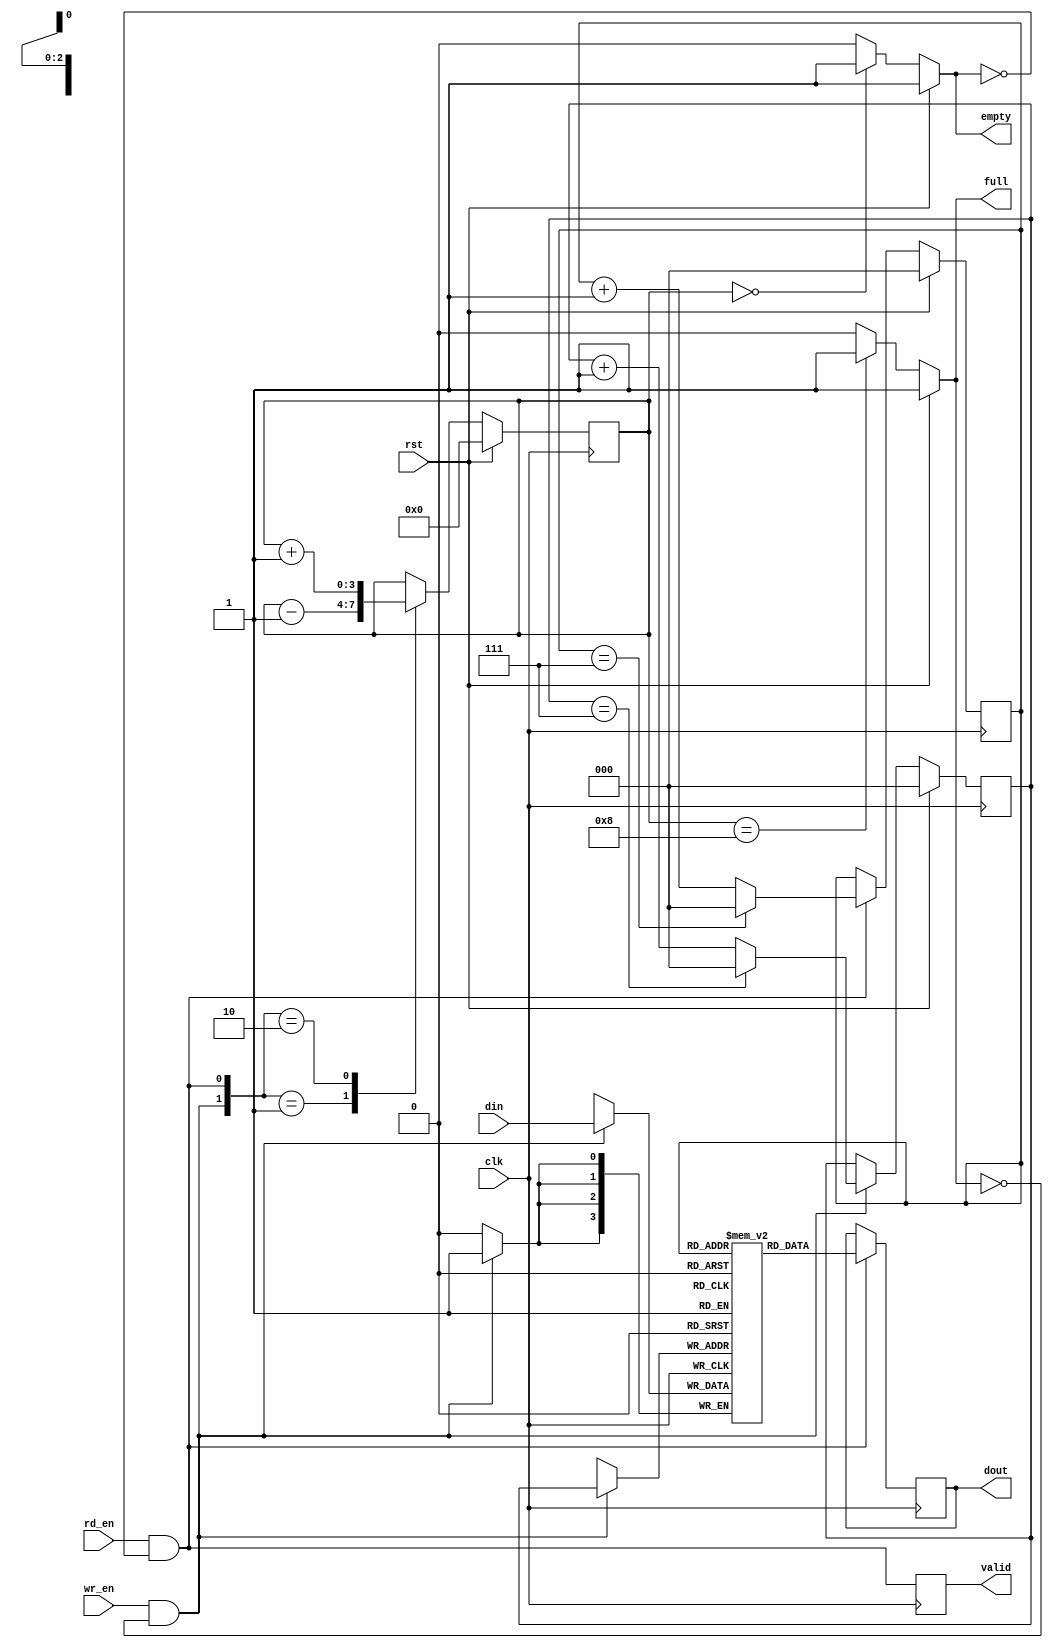
`timescale 1ns / 1ps
//////////////////////////////////////////////////////////////////////////////////
// Company: 
// 
// Design Name: 
// Module Name: sync_fifo
// Project Name: sync_fifo
// Target Devices:
// Tool Versions:
// Description: Synchronous FIFO
// Dependencies: 
// Revision:
// Revision 0.01 - File Created
// Additional Comments:
// License: MIT
//  Copyright (c) 2020 Dmitry Matyunin
//  Permission is hereby granted, free of charge, to any person obtaining a copy
//  of this software and associated documentation files (the "Software"), to deal
//  in the Software without restriction, including without limitation the rights
//  to use, copy, modify, merge, publish, distribute, sublicense, and/or sell
//  copies of the Software, and to permit persons to whom the Software is
//  furnished to do so, subject to the following conditions:
//
//  The above copyright notice and this permission notice shall be included in
//  all copies or substantial portions of the Software.
//
//  THE SOFTWARE IS PROVIDED "AS IS", WITHOUT WARRANTY OF ANY KIND, EXPRESS OR
//  IMPLIED, INCLUDING BUT NOT LIMITED TO THE WARRANTIES OF MERCHANTABILITY
//  FITNESS FOR A PARTICULAR PURPOSE AND NONINFRINGEMENT. IN NO EVENT SHALL THE
//  AUTHORS OR COPYRIGHT HOLDERS BE LIABLE FOR ANY CLAIM, DAMAGES OR OTHER
//  LIABILITY, WHETHER IN AN ACTION OF CONTRACT, TORT OR OTHERWISE, ARISING FROM,
//  OUT OF OR IN CONNECTION WITH THE SOFTWARE OR THE USE OR OTHER DEALINGS IN
//  THE SOFTWARE.
// 
//////////////////////////////////////////////////////////////////////////////////

module sync_fifo #(
	parameter DATA_WIDTH = 4,
	parameter DATA_DEPTH = 8,
	parameter MODE = "std"				/* "std", "fwft" */
)
(
	input wire clk,
	input wire rst,
	input wire [DATA_WIDTH-1:0]din,
	input wire wr_en,
	output wire full,
	output wire [DATA_WIDTH-1:0]dout,
	input wire rd_en,
	output wire empty,
	output wire valid
);

localparam ADDR_WIDTH = $clog2(DATA_DEPTH);

/* RAM */
reg [DATA_WIDTH-1:0]ram[2**ADDR_WIDTH-1:0];
wire [DATA_WIDTH-1:0]ram_dina;
wire [ADDR_WIDTH-1:0]ram_addra;
wire [ADDR_WIDTH-1:0]ram_addrb;
wire ram_wea;
wire ram_reb;
reg [DATA_WIDTH-1:0]ram_doutb;
integer i;

/* FIFO */
reg [ADDR_WIDTH-1:0]wr_ptr;
reg [ADDR_WIDTH-1:0]rd_ptr;
reg [ADDR_WIDTH:0]count;
reg flag_full;
reg flag_empty;
reg dout_valid;
wire wr_valid;
wire rd_valid;
wire tmp_rd_en;

/* RAM */
assign ram_dina = din;
assign ram_addra = wr_ptr;
assign ram_addrb = rd_ptr;
assign ram_wea = wr_valid;
assign ram_reb = rd_valid;
assign dout = ram_doutb;

/* FIFO */
assign wr_valid = wr_en & ~flag_full;
assign rd_valid = tmp_rd_en & ~flag_empty;
assign full = flag_full;
assign valid = dout_valid;

/* SDPRAM */
initial begin
	for (i = 0; i < 2**ADDR_WIDTH; i = i + 1) begin
		ram[i] = 0;
	end
end

always @(posedge clk) begin
	if (ram_wea) begin
		ram[ram_addra] <= ram_dina;
	end
	if (ram_reb) begin
		ram_doutb <= ram[ram_addrb];
	end
end

/* FIFO */
always @(posedge clk) begin
	if (rst == 1'b1) begin
		wr_ptr <= 0;
		rd_ptr <= 0;
		count <= 0;
	end else begin
		if (wr_valid == 1'b1) begin
			if (wr_ptr == (DATA_DEPTH - 1)) begin
				wr_ptr <= 0;
			end else begin
				wr_ptr <= wr_ptr + 1;
			end
		end
		if (rd_valid == 1'b1) begin
			if (rd_ptr == (DATA_DEPTH - 1)) begin
				rd_ptr <= 0;
			end else begin
				rd_ptr <= rd_ptr + 1;
			end
		end
		case ({wr_valid,rd_valid})
		2'b01: count <= count - 1;
		2'b10: count <= count + 1;
		endcase
	end
end

always @(*) begin
	if (rst == 1'b1) begin
		flag_full = 1'b1;
		flag_empty = 1'b1;
	end else begin
		flag_full = (count == DATA_DEPTH) ? 1'b1 : 1'b0;
		flag_empty = (count == 0) ? 1'b1 : 1'b0;
	end
end

/* STD & FWFT Read Control */
generate if (MODE == "std") begin
	assign empty = flag_empty;
	assign tmp_rd_en = rd_en;
	
	always @(posedge clk) begin
		dout_valid <= rd_valid; 
	end
end else if (MODE == "fwft") begin
	assign empty = !dout_valid;
	assign tmp_rd_en = !flag_empty && (!dout_valid || rd_en);

	always @(posedge clk) begin
		if (rst == 1'b1) begin
			dout_valid <= 1'b0;
		end else begin
			if (tmp_rd_en == 1'b1) begin
				dout_valid <= 1'b1;
			end else if (rd_en == 1'b1) begin
				dout_valid <= 1'b0;
			end
		end
	end
end endgenerate

endmodule